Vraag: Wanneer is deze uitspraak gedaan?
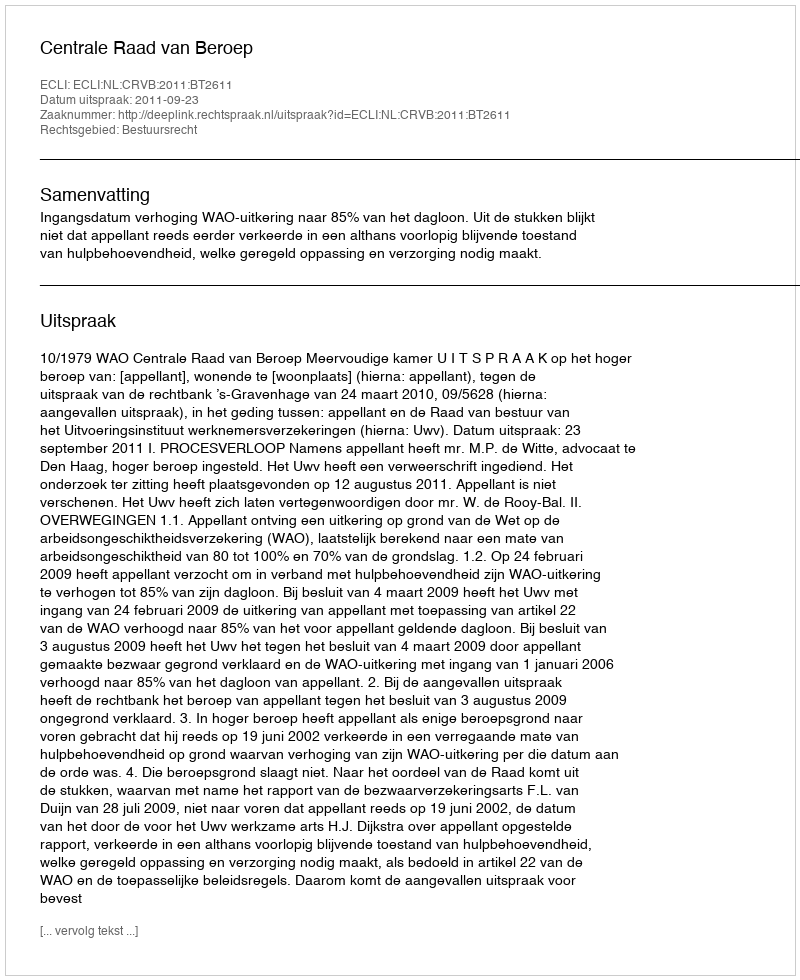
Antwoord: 2011-09-23